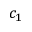
c _ { 1 }